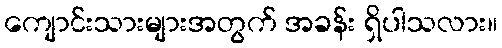
ကျောင်းသားများအတွက် အခန်း ရှိပါသလား။